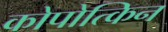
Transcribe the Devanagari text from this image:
कोपोत्किन